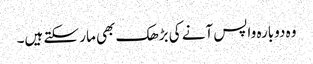
وہ دوبارہ واپس آنے کی بڑھک بھی مار سکتے ہیں۔